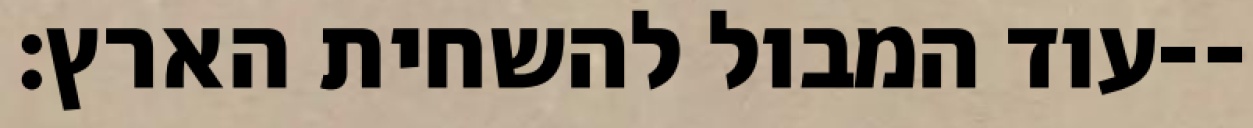
עוד המבול להשחית הארץ׃--